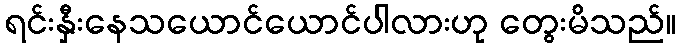
ရင်းနှီးနေသယောင်ယောင်ပါလားဟု တွေးမိသည်။